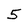
Character: 5